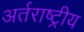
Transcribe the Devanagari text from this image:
अर्तराष्ट्रीय